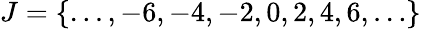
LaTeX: J=\{ \dots,-6,-4,-2,0,2,4,6,\dots\}